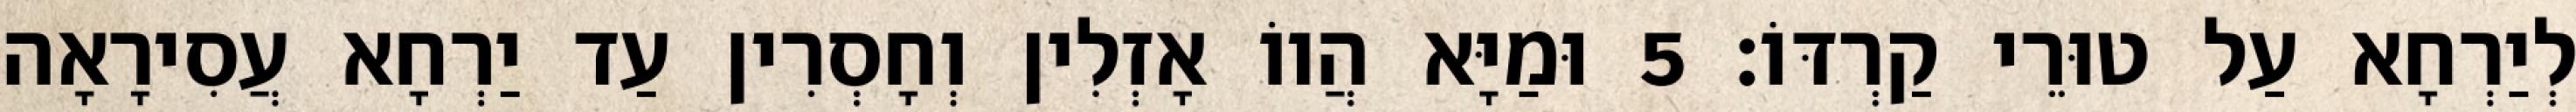
לְיַרְחָא עַל טוּרֵי קַרְדּוֹ׃ 5 וּמַיָּא הֲווֹ אָזְלִין וְחָסְרִין עַד יַרְחָא עֲסִירָאָה